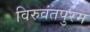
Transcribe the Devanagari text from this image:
विरुवंतपुरम